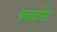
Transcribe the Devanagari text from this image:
फ्रक्टोस